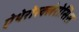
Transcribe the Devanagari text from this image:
ऐथेरोस्क्लेरोसिस